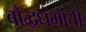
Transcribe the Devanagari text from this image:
बौद्धधर्माची